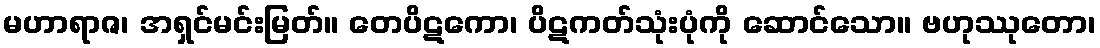
မဟာရာဇ၊ အရှင်မင်းမြတ်။ တေပိဋကော၊ ပိဋကတ်သုံးပုံကို ဆောင်သော။ ဗဟုဿုတော၊